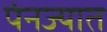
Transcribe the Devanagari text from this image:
पंनज्यात